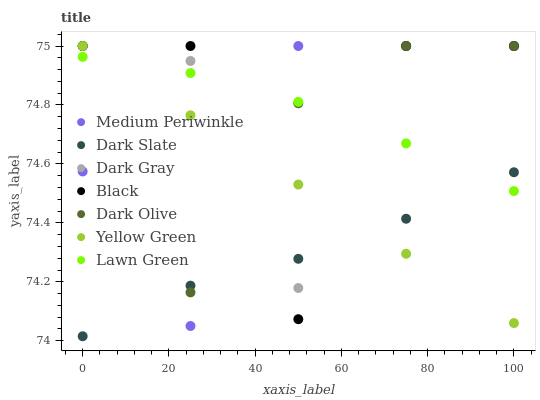
| xaxis_label | Medium Periwinkle | Dark Slate | Dark Gray | Black | Dark Olive | Yellow Green | Lawn Green |
 | --- | --- | --- | --- | --- | --- | --- | --- |
 | 0 | 74.6 | 74 | 75 | 75 | 75 | 75 | 75 |
 | 25 | 74.1 | 74.2 | 74.9 | 75 | 74.2 | 74.8 | 74.9 |
 | 50 | 75 | 74.3 | 74.2 | 74.1 | 74.8 | 74.5 | 74.8 |
 | 75 | 75 | 74.4 | 75 | 75 | 75 | 74.3 | 74.7 |
 | 100 | 75 | 74.6 | 75 | 75 | 75 | 74.1 | 74.5 |